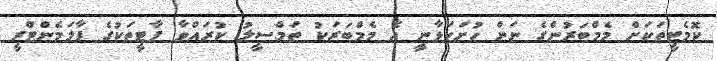
ކޮމެޓީތަކަށް މެމްބަރުންގެ ނަން ހުށަހަޅާނީ އެ މެމްބަރަކު ތަމްސީލު ކުރައްވާ ޕާޓީތަކުގެ ޕާލަމެންޓްރީ